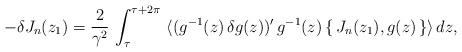
LaTeX: \begin{align*}-\delta J_n(z_1)=\frac{2}{\gamma^2}\,\int_\tau^{\tau +2\pi}\,\, \langle(g^{-1}(z)\,\delta g(z))'\,g^{-1}(z)\,\{\,J_n(z_1), g(z)\,\}\rangle\,dz,\end{align*}